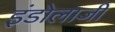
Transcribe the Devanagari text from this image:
इंडोलाजी